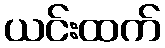
ယင်းထက်